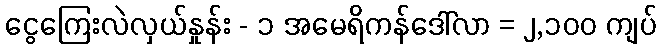
ငွေကြေးလဲလှယ်နှုန်း - ၁ အမေရိကန်ဒေါ်လာ = ၂,၁၀၀ ကျပ်